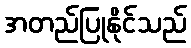
အတည်ပြုနိုင်သည်